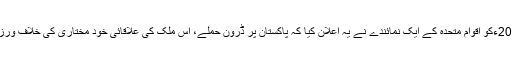
خبر یہ تھی کہ 15مارچ 2013ءکو اقوام متحدہ کے ایک نمائندے نے یہ اعلان کیا کہ پاکستان پر ڈرون حملے، اس ملک کی علاقائی خود مختاری کی خلاف ورزی ہیں، ان کو بند ہونا چاہیے۔